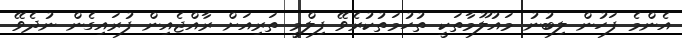
އެންމެ ފަހުން ލިބުނު މައުލޫމާތަކީ ތުހުމަތުކުރެވޭ ފިލްމީ ތަރިއަށް ރާއްޖެއިން ފުރައިގެން ނުދެވޭ